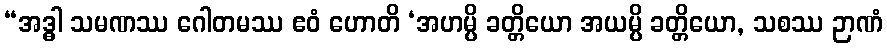
“အဒ္ဓါ သမဏဿ ဂေါတမဿ ဧဝံ ဟောတိ ‘အဟမ္ပိ ခတ္တိယော အယမ္ပိ ခတ္တိယော, သစဿ ဉာဏံ